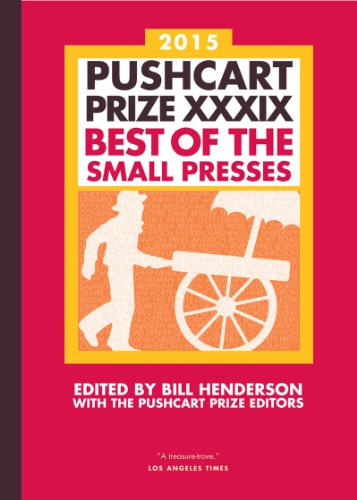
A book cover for The Pushcart Prize XXXIX: Best of the Small Presses 2015 Edition (The Pushcart Prize); Bill Henderson; Literature & Fiction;